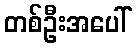
တစ်ဦးအပေါ်